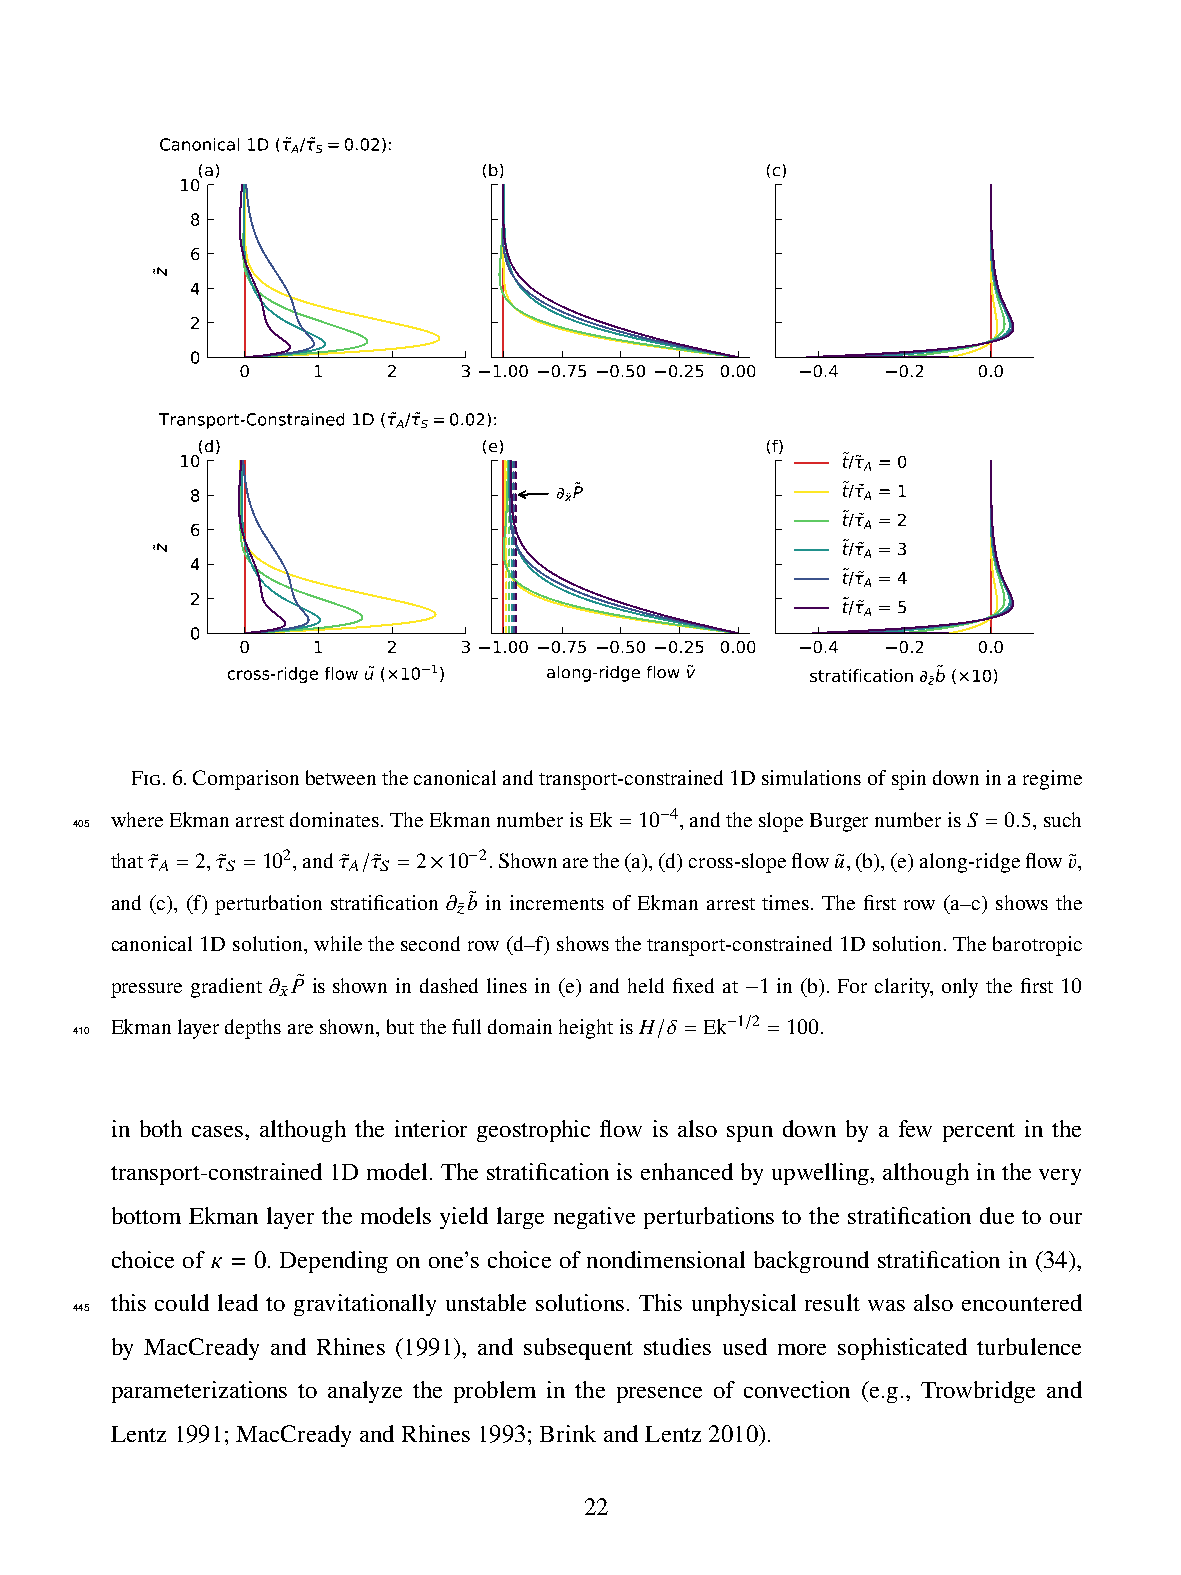
Canonical 1D ( A/ S=0.02):
 (a)                (b)                (c)
 10
 8
 6
 4
 2
 0
 0    1    2   3  1.00 0.75 0.50 0.25 0.00 0.4 0.2 0.0
 Transport-Constrained 1D ( A/ S=0.02):
 (d)                (e)                (f)
 10                                          t/ A = 0
 8                       xP                 t/ A = 1
 6                                          t/ A = 2
 t/ A = 3
 4
 t/ A = 4
 2
 t/ A = 5
 0
 0    1    2   3  1.00 0.75 0.50 0.25 0.00 0.4 0.2 0.0
 cross-ridge flow u (×10 1) along-ridge flow v stratification zb (×10)
 Fig.6.Comparisonbetweenthecanonicalandtransport-constrained1Dsimulationsofspindowninaregime
 whereEkmanarrestdominates.TheEkmannumberisEk=10 4,andtheslopeBurgernumberis𝑆 =0.5,such
 405                                    −
 that𝜏˜ =2,𝜏˜ =102,and𝜏˜ 𝜏˜ =2 10 2.Shownarethe(a),(d)cross-slopeflow𝑢˜,(b),(e)along-ridgeflow𝑣˜,
 𝐴   𝑆       𝐴 𝑆     −
 /   ×
 and (c), (f) perturbation stratification 𝜕 𝑏˜ in increments of Ekman arrest times. The first row (a–c) shows the
 𝑧˜
 canonical1Dsolution,whilethesecondrow(d–f)showsthetransport-constrained1Dsolution.Thebarotropic
 pressure gradient 𝜕 𝑃˜ is shown in dashed lines in (e) and held fixed at 1 in (b). For clarity, only the first 10
 𝑥˜
 −
 410
 Ekmanlayerdepthsareshown,butthefulldomainheightis𝐻 𝛿 =Ek−1 /2 =100.
 /
 in both cases, although the interior geostrophic flow is also spun down by a few percent in the
 transport-constrained 1D model. The stratification is enhanced by upwelling, although in the very
 bottom Ekman layer the models yield large negative perturbations to the stratification due to our
 choice of 𝜅 = 0. Depending on one’s choice of nondimensional background stratification in (34),
 this could lead to gravitationally unstable solutions. This unphysical result was also encountered
 445
 by MacCready and Rhines (1991), and subsequent studies used more sophisticated turbulence
 parameterizations to analyze the problem in the presence of convection (e.g., Trowbridge and
 Lentz1991;MacCreadyandRhines1993;BrinkandLentz2010).
 22
 z
 z